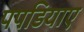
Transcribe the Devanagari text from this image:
पपडियाए